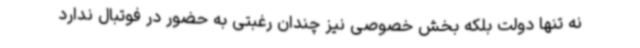
نه تنها دولت بلکه بخش خصوصی نیز چندان رغبتی به حضور در فوتبال ندارد